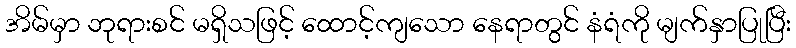
အိမ်မှာ ဘုရားစင် မရှိသဖြင့် ထောင့်ကျသော နေရာတွင် နံရံကို မျက်နှာပြုပြီး